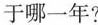
于哪一年?